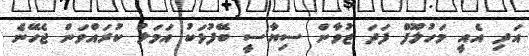
އަދި އެއީ މަހުލޫފް ފަދަ ޒުވާން ސިޔާސީ ބޭފުޅަކު އަމަލު ކުރައްވަން ޖެހޭނެ